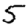
Digit: 5